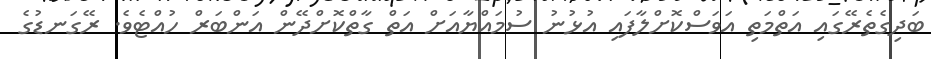
ބަދިގެތެރޭގައި އަތްމަތި އަވަސްކޮށްލާފައި އުޅުނު ސުމައްޔާއަށް އަތް ގާތްކޮށްދޭން އަންބަރް ހުއްޓެވެ. ރޭގަނޑުގެ